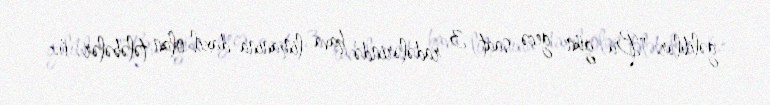
gəliblər: "Bu gün gecə saat 3 radələrində hava limanına daxil olan tələbələr öz